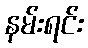
နမ်းရင်း